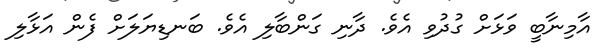
އާމިނާބީ ވަޅަށް ގުދުވި އެވެ. ދާނި ގަންބާލި އެވެ. ބަނޑިޔަލަށް ފެން އަޅާލި